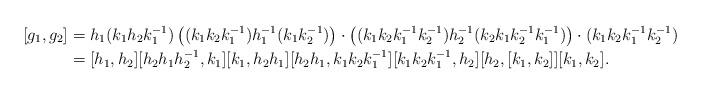
LaTeX: \begin{align*}[g_1,g_2]&=h_1(k_1h_2k_1^{-1})\left( (k_1k_2k_1^{-1})h_1^{-1}(k_1k_2^{-1})\right)\cdot\left( (k_1k_2k_1^{-1}k_2^{-1}) h_2^{-1}(k_2k_1k_2^{-1}k_1^{-1})\right)\cdot (k_1k_2k_1^{-1}k_2^{-1}) \\&=[h_1,h_2][h_2h_1h_2^{-1},k_1][k_1,h_2h_1][h_2h_1,k_1k_2k_1^{-1}][k_1k_2k_1^{-1},h_2][h_2,[k_1,k_2]][k_1,k_2].\end{align*}